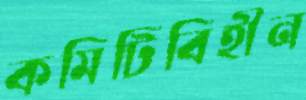
কমিটিবিহীন